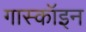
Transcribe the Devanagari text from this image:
गास्कॉइन